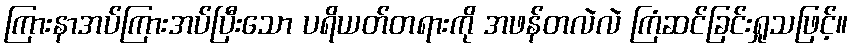
ကြားနာအပ်ကြားအပ်ပြီးသော ပရိယတ်တရားကို အဖန်တလဲလဲ ကြံဆင်ခြင်းရှုသဖြင့်။